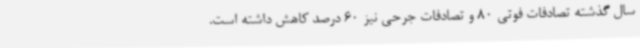
سال گذشته تصادفات فوتی 80 و تصادفات جرحی نیز 60 درصد کاهش داشته است.